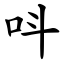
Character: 呌